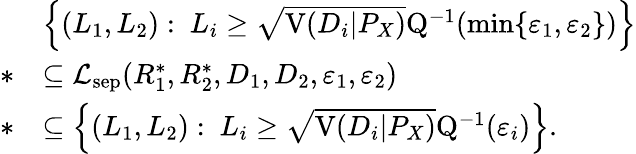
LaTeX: \begin{array}{rl}&{\Big\{ (L_{1},L_{2}):~L_{i}\geq\sqrt{\mathrm{V}(D_{i}|P_{X})}\mathrm{Q}^{-1}(\operatorname*{min}\{ \varepsilon_{1},\varepsilon_{2}\} )\Big\} }\\ {*}&{\subseteq\mathcal{L}_{\mathrm{sep}}(R_{1}^{*},R_{2}^{*},D_{1},D_{2},\varepsilon_{1},\varepsilon_{2})}\\ {*}&{\subseteq\Big\{ (L_{1},L_{2}):~L_{i}\geq\sqrt{\mathrm{V}(D_{i}|P_{X})}\mathrm{Q}^{-1}(\varepsilon_{i})\Big\} .}\end{array}